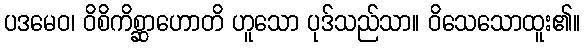
ပဒမေဝ၊ ဝိစိကိစ္ဆာဟောတိ ဟူသော ပုဒ်သည်သာ။ ဝိသေသောထူး၏။